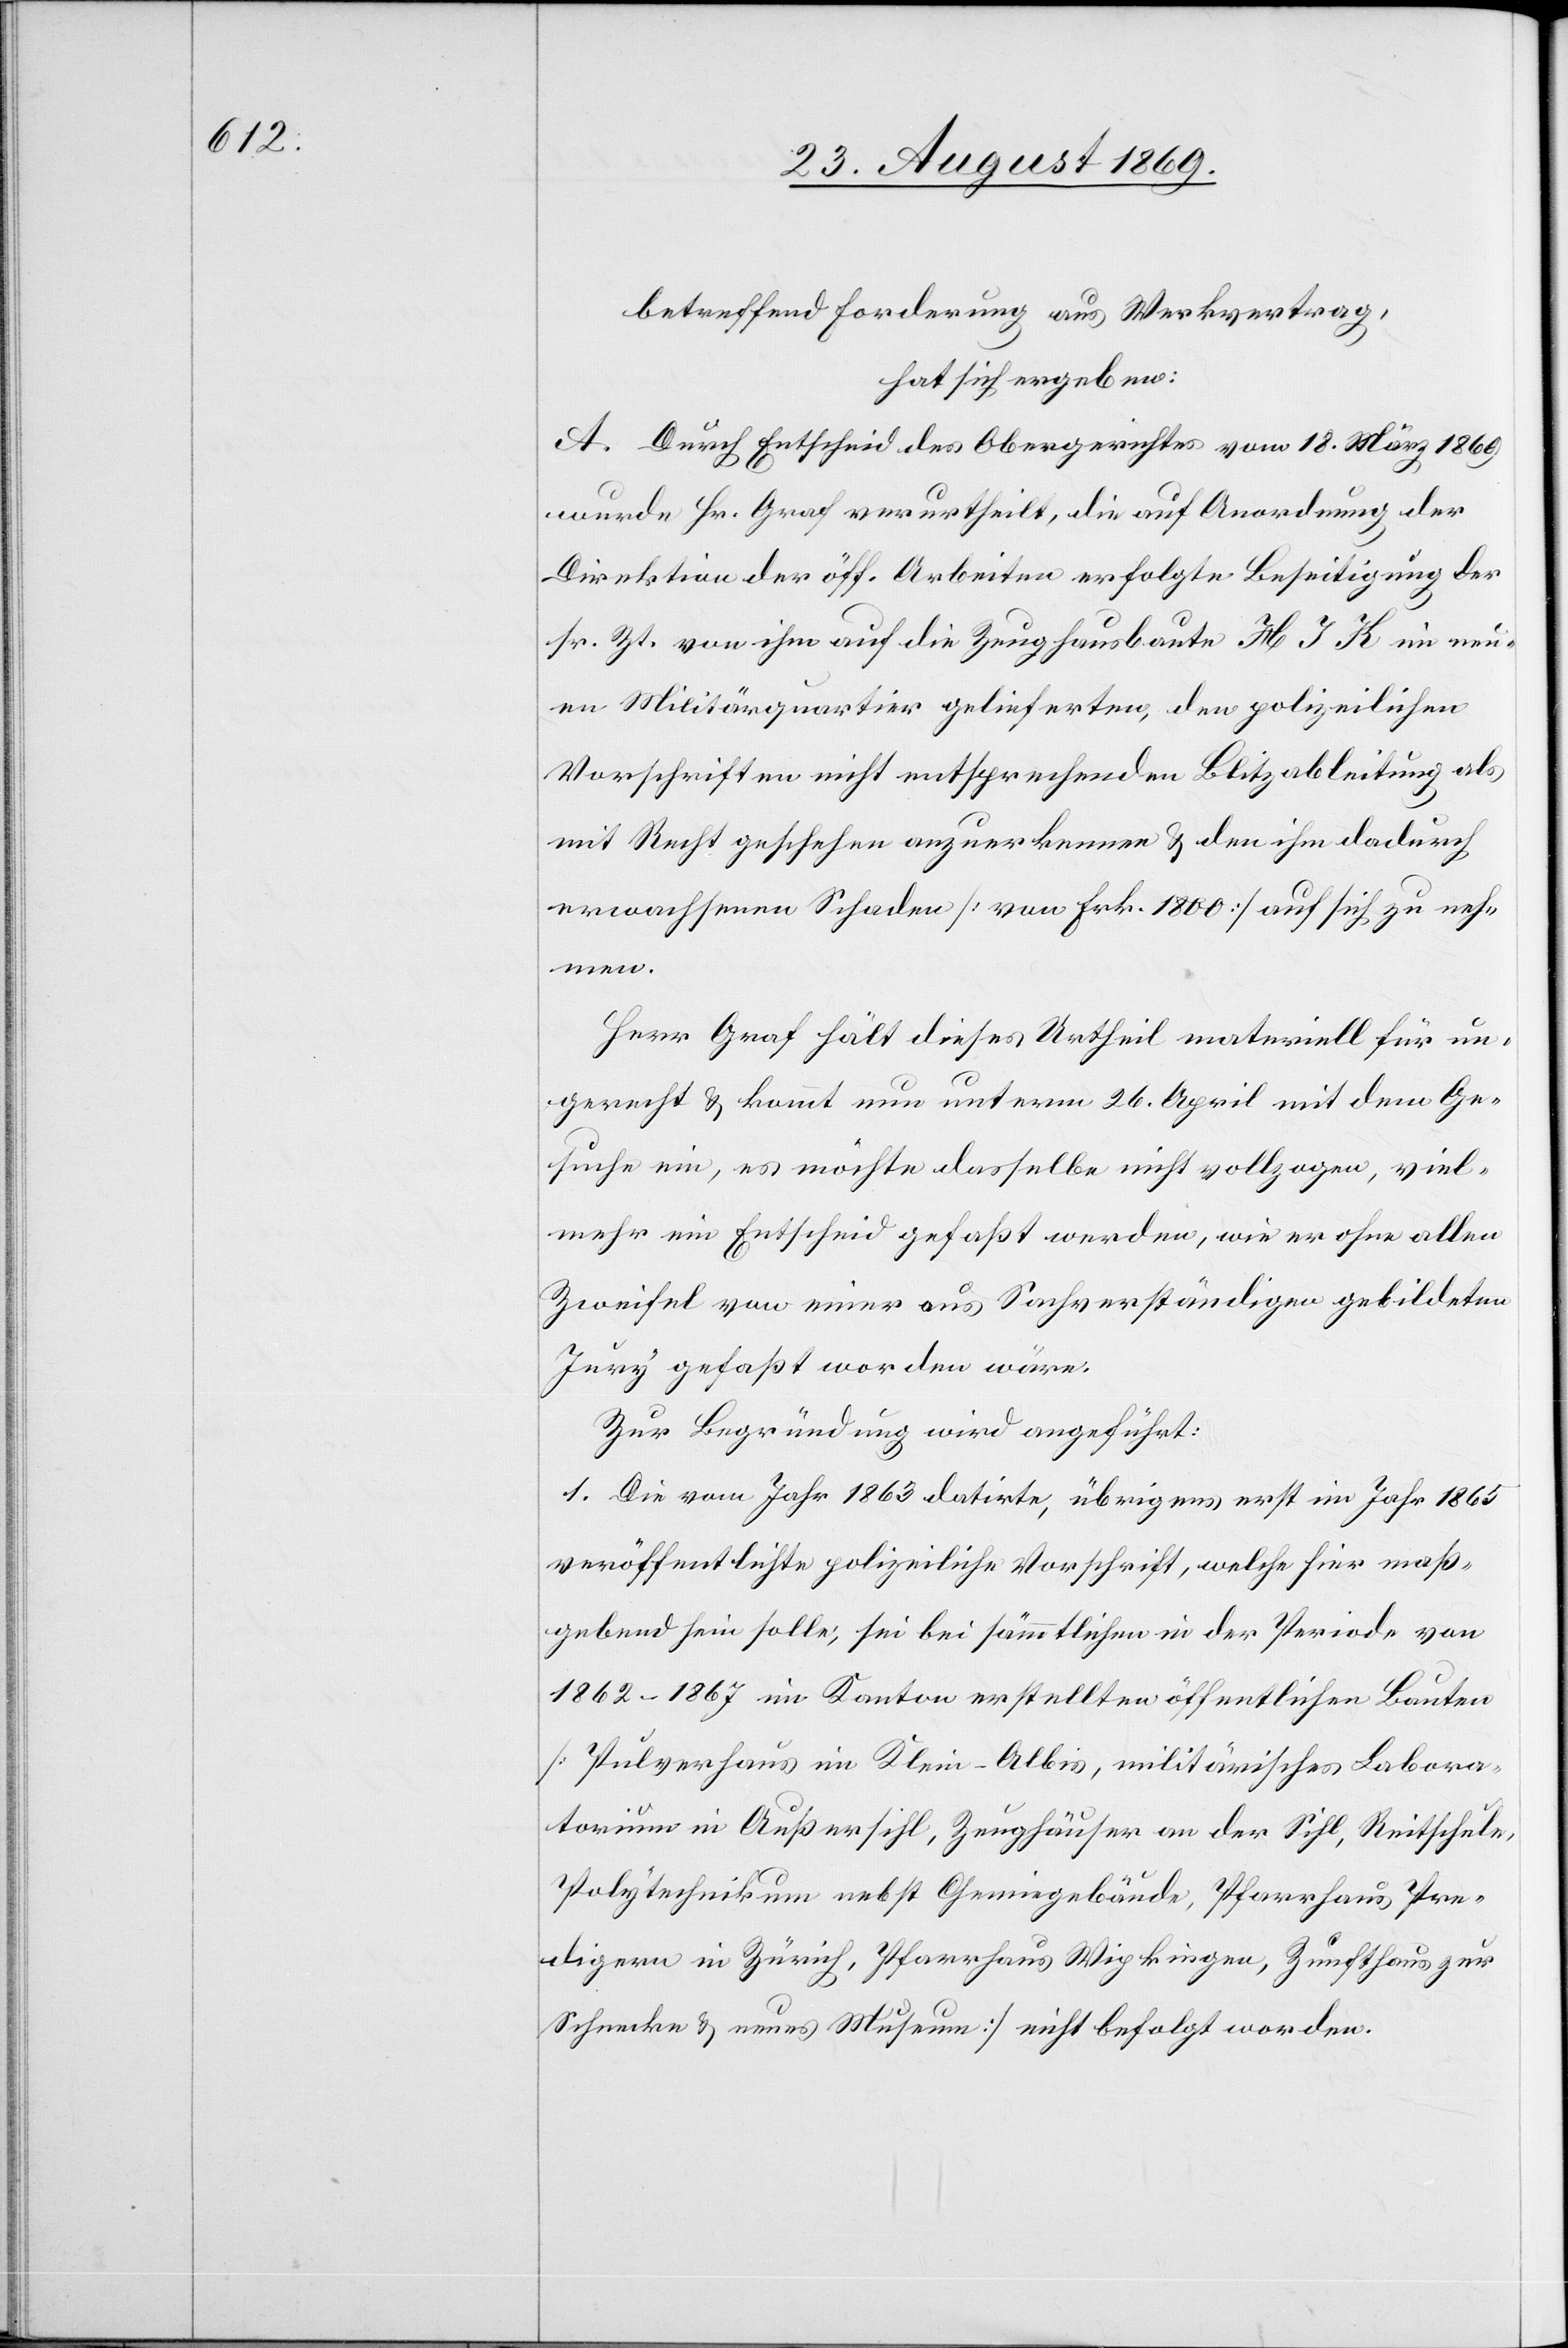
betreffend Forderung aus Werkvertrag,
hat sich ergeben:
A. Durch Entscheid des Obergerichtes vom 18. März 1869
wurde Hr. Graf verurtheilt, die auf Anordnung der
Direktion der öff. Arbeiten erfolgte Beseitigung der
sr. Zt. von ihm auf die Zeughausbaute H J K im neu¬
en Militärquartier gelieferten, den polizeilichen
Vorschriften nicht entsprechenden Blitzableitung als
mit Recht geschehen anzuerkennen & den ihm dadurch
erwachsenen Schaden [von Frk. 1800] auf sich zu neh¬
men.
Herr Graf hält dieses Urtheil materiell für un¬
gerecht & kommt nun unterm 26. April mit dem Ge¬
suche ein, es möchte dasselbe nicht vollzogen, viel¬
mehr ein Entscheid gefaßt werden, wie er ohne allen
Zweifel von einer aus Sachverständigen gebildeten
Jury gefaßt worden wäre.
Zur Begründung wird angeführt:
1. Die vom Jahr 1863 datirte, übrigens erst im Jahr 1865
veröffentlichte polizeiliche Vorschrift, welche hier maß¬
gebend sein solle, sei bei sämmtlichen in der Periode von
1862–1867 im Kanton erstellten öffentlichen Bauten
[Pulverhaus im Klein-Albis, militärisches Labora¬
torium in Außersihl, Zeughäuser an der Sihl, Reitschule,
Polytechnikum nebst Chemiegebäude, Pfarrhaus Pre¬
digern in Zürich, Pfarrhaus Wipkingen, Zunfthaus zur
Schnecke & neues Museum] nicht befolgt worden.